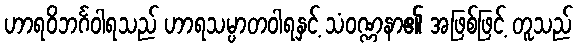
ဟာရဝိဘင်္ဂဝါရသည် ဟာရသမ္ပာတဝါရနှင့် သံဝဏ္ဏနာ၏ အဖြစ်ဖြင့် တူသည်